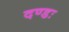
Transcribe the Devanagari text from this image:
दण्डः